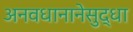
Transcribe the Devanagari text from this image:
अनवधानानेसुद्धा